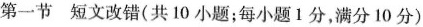
第一节 短文改错(共10小题；每小题1分，满分10分)